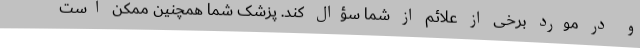
و در مورد برخی از علائم از شما سؤال کند. پزشک شما همچنین ممکن است